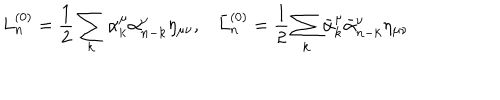
LaTeX: L _ { n } ^ { ( 0 ) } = \frac { 1 } { 2 } \sum _ { k } \alpha _ { k } ^ { \mu } \alpha _ { n - k } ^ { \nu } \eta _ { \mu \nu } { , } \quad \bar { L } { } _ { n } ^ { ( 0 ) } = \frac { 1 } { 2 } \sum _ { k } \bar { \alpha } { } _ { k } ^ { \mu } \bar { \alpha } { } _ { n - k } ^ { \nu } \eta _ { \mu \nu }